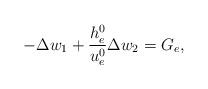
LaTeX: \begin{align*}-\Delta w_1+\frac{h^0_e}{u^0_e}\Delta w_2=G_e,\end{align*}